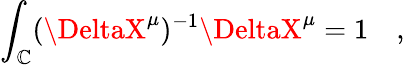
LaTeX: \int_{\mathbb{C}}(\DeltaX^{\mu})^{-1}\DeltaX^{\mu}=1\quad,